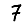
Digit: 7